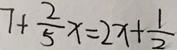
7 + \frac { 2 } { 5 } x = 2 x + \frac { 1 } { 2 }